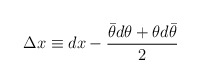
\begin{align*}\Delta x \equiv dx -\frac{\bar\theta d \theta+ \theta d \bar\theta }{2}\end{align*}